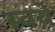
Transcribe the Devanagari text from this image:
स्वये